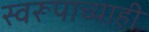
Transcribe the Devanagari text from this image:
स्वरूपाच्याही